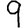
Digit: 9